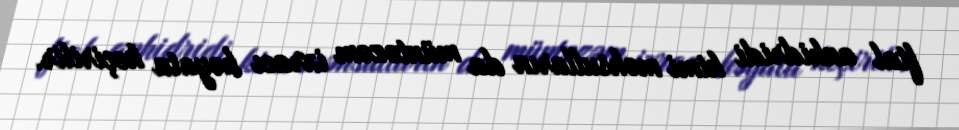
ftal anhidridi kimi məhsulların da müntəzəm ixracı həyata keçirilir.